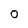
Character: O